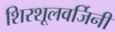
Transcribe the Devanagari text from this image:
शिरशूलवर्जिनी